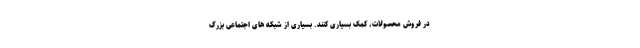
در فروش محصولات، کمک بسیاری کنند. بسیاری از شبکه های اجتماعی بزرگ